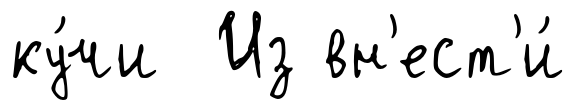
ку́чи Из вн'ест'и́